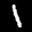
Label: 1